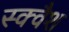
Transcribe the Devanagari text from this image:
स्‍क्‍वैश